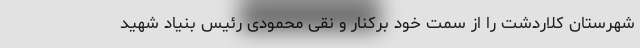
شهرستان کلاردشت را از سمت خود برکنار و نقی محمودی رئیس بنیاد شهید